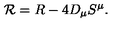
{ \cal R } = R - 4 { D } _ { \mu } S ^ { \mu } .